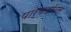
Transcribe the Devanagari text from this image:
पार्कहॉउस